Annual report on the working of the lock hospitals in the Central Provinces
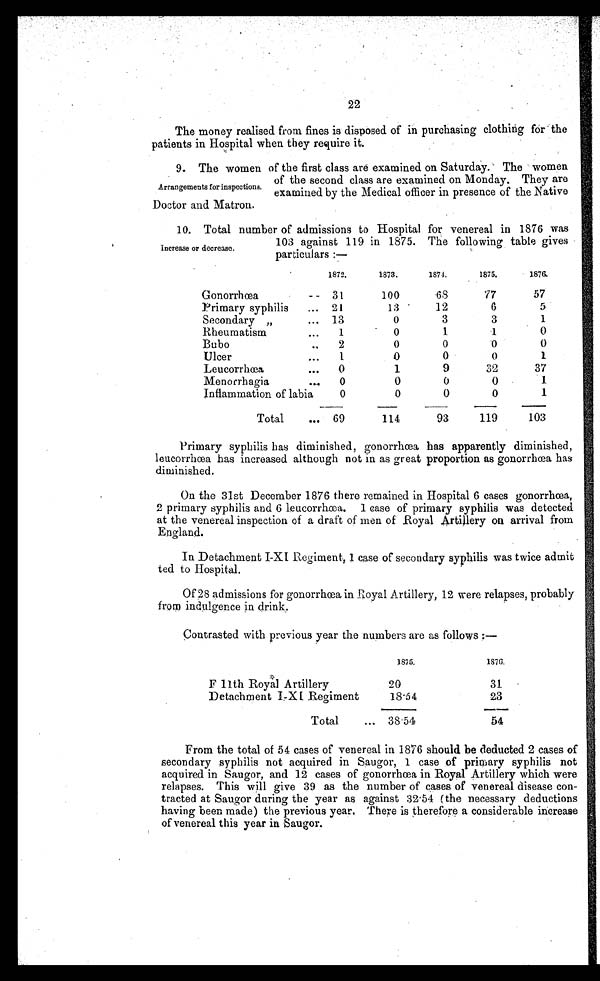
22
The money realised from fines is disposed of in purchasing clothing for the
patients in Hospital when they require it.
Arrangements for inspections.
The women of the first class are examined on Saturday. The women
of the second class are examined on Monday. They are
examined by the Medical officer in presence of the Native
Doctor and Matron.
Increase or decrease.
1. Total number of admissions to Hospital for venereal in 1876 was
103 against 119 in 1875. The following table gives
particulars :—
1872.
1873.
1874.
1875.
1876.
Gonorrhœa
. . 31
100
68
77
57
Primary syphilis
... 21
13
12
6
5
Secondary ,,
... 13
0
3
3
1
Rheumatism
...
1
0
1
1
0
Bubo
..
2
0
0
0
0
Ulcer
...
1
0
0
0
1
Leucorrhœa
...
0
1
9
32
37
Menorrhagia
...
0
0
0
0
1
Inflammation of labia
0
0
0
0
1
Total
... 69
114
93
119
103
Primary syphilis has diminished, gonorrhœa has apparently diminished,
leucorrhœa has increased although not in as great proportion as gonorrhœa has
diminished.
On the 31st December 1876 there remained in Hospital 6 cases gonorrhœa,
2 primary syphilis and 6 leucorrhœa. 1 case of primary syphilis was detected
at the venereal inspection of a draft of men of Royal Artillery on arrival from
England.
In Detachment I-XI Regiment, 1 case of secondary syphilis was twice admit
ted to Hospital.
Of 28 admissions for gonorrhœa in Royal Artillery, 12 were relapses, probably
from indulgence in drink.
Contrasted with previous year the numbers are as follows :—
1875.
1876.
F 11th Royal Artillery
20
31
Detachment I-XI Regiment
18.54
23
Total
... 38.54
54
From the total of 54 cases of venereal in 1876 should be deducted 2 cases of
secondary syphilis not acquired in Saugor, 1 case of primary syphilis not
acquired in Saugor, and 12 cases of gonorrhœa in Royal Artillery which were
relapses. This will give 39 as the number of cases of venereal disease con-
tracted at Saugor during the year as against 32.54 (the necessary deductions
having been made) the previous year. There is therefore a considerable increase
of venereal this year in Saugor.